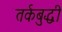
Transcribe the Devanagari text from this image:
तर्कबुद्धी